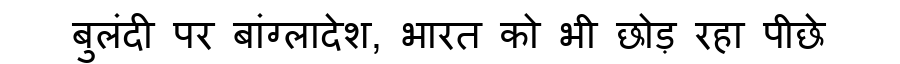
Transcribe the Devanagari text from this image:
बुलंदी पर बांग्लादेश, भारत को भी छोड़ रहा पीछे